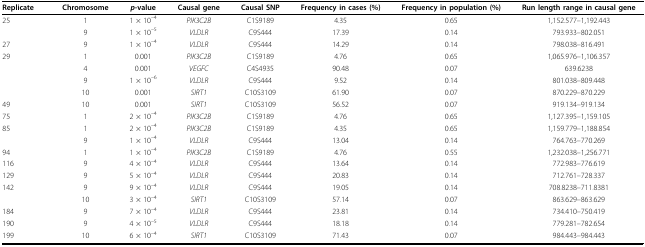
<table><thead><tr><td><b>Replicate</b></td><td><b>Chromosome</b></td><td><b><i>p</i>-value</b></td><td><b>Causal gene</b></td><td><b>Causal SNP</b></td><td><b>Frequency in cases (%)</b></td><td><b>Frequency in population (%)</b></td><td><b>Run length range in causal gene</b></td></tr></thead><tbody><tr><td>25</td><td>1</td><td>1 × 10<sup>–4</sup></td><td><i>PIK3C2B</i></td><td>C1S9189</td><td>4.35</td><td>0.65</td><td>1,152.577–1,192.443</td></tr><tr><td></td><td>9</td><td>1 × 10<sup>–5</sup></td><td><i>VLDLR</i></td><td>C9S444</td><td>17.39</td><td>0.14</td><td>793.933–802.051</td></tr><tr><td>27</td><td>9</td><td>1 × 10<sup>–4</sup></td><td><i>VLDLR</i></td><td>C9S444</td><td>14.29</td><td>0.14</td><td>798.038–816.491</td></tr><tr><td>29</td><td>1</td><td>0.001</td><td><i>PIK3C2B</i></td><td>C1S9189</td><td>4.76</td><td>0.65</td><td>1,065.976–1,106.357</td></tr><tr><td></td><td>4</td><td>0.001</td><td><i>VEGFC</i></td><td>C4S4935</td><td>90.48</td><td>0.07</td><td>639.6238</td></tr><tr><td></td><td>9</td><td>1 × 10<sup>–6</sup></td><td><i>VLDLR</i></td><td>C9S444</td><td>9.52</td><td>0.14</td><td>801.038–809.448</td></tr><tr><td></td><td>10</td><td>0.001</td><td><i>SIRT1</i></td><td>C10S3109</td><td>61.90</td><td>0.07</td><td>870.229–870.229</td></tr><tr><td>49</td><td>10</td><td>0.001</td><td><i>SIRT1</i></td><td>C10S3109</td><td>56.52</td><td>0.07</td><td>919.134–919.134</td></tr><tr><td>75</td><td>1</td><td>2 × 10<sup>–4</sup></td><td><i>PIK3C2B</i></td><td>C1S9189</td><td>4.76</td><td>0.65</td><td>1,127.395–1,159.105</td></tr><tr><td>85</td><td>1</td><td>2 × 10<sup>–4</sup></td><td><i>PIK3C2B</i></td><td>C1S9189</td><td>4.35</td><td>0.65</td><td>1,159.779–1,188.854</td></tr><tr><td></td><td>9</td><td>1 × 10<sup>–4</sup></td><td><i>VLDLR</i></td><td>C9S444</td><td>13.04</td><td>0.14</td><td>764.763–770.269</td></tr><tr><td>94</td><td>1</td><td>1 × 10<sup>–4</sup></td><td><i>PIK3C2B</i></td><td>C1S9189</td><td>4.76</td><td>0.55</td><td>1,232.038–1,256.771</td></tr><tr><td>116</td><td>9</td><td>4 × 10<sup>–4</sup></td><td><i>VLDLR</i></td><td>C9S444</td><td>13.64</td><td>0.14</td><td>772.983–776.619</td></tr><tr><td>129</td><td>9</td><td>5 × 10<sup>–4</sup></td><td><i>VLDLR</i></td><td>C9S444</td><td>20.83</td><td>0.14</td><td>712.761–728.337</td></tr><tr><td>142</td><td>9</td><td>9 × 10<sup>–4</sup></td><td><i>VLDLR</i></td><td>C9S444</td><td>19.05</td><td>0.14</td><td>708.8238–711.8381</td></tr><tr><td></td><td>10</td><td>3 × 10<sup>–4</sup></td><td><i>SIRT1</i></td><td>C10S3109</td><td>57.14</td><td>0.07</td><td>863.629–863.629</td></tr><tr><td>184</td><td>9</td><td>7 × 10<sup>–4</sup></td><td><i>VLDLR</i></td><td>C9S444</td><td>23.81</td><td>0.14</td><td>734.410–750.419</td></tr><tr><td>190</td><td>9</td><td>4 × 10<sup>–5</sup></td><td><i>VLDLR</i></td><td>C9S444</td><td>18.18</td><td>0.14</td><td>779.281–782.654</td></tr><tr><td>199</td><td>10</td><td>6 × 10<sup>–4</sup></td><td><i>SIRT1</i></td><td>C10S3109</td><td>71.43</td><td>0.07</td><td>984.443–984.443</td></tr></tbody></table>